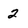
Character: 2